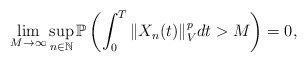
\begin{align*}\lim_{M\rightarrow\infty}\sup_{n\in\mathbb{N}}\mathbb{P}\left( \int_0^T \Vert X_n(t) \Vert_V^p dt > M \right) = 0 ,\end{align*}